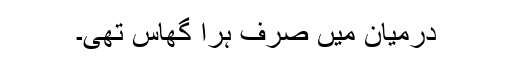
درمیان میں صرف ہرا گھاس تھی۔